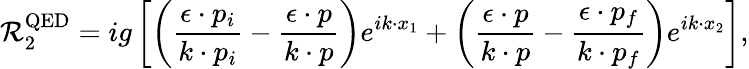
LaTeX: {\cal R}_{2}^{\mathrm{QED}}=ig\left[\left(\frac{\epsilon\cdot p_{i}}{k\cdot p_{i}}-\frac{\epsilon\cdot p}{k\cdot p}\right)e^{ik\cdot x_{1}}+\left(\frac{\epsilon\cdot p}{k\cdot p}-\frac{\epsilon\cdot p_{f}}{k\cdot p_{f}}\right)e^{ik\cdot x_{2}}\right],